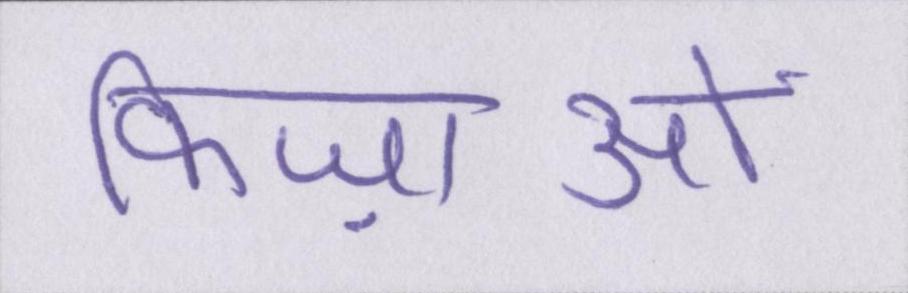
फिज़ाओं